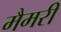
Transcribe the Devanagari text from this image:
मैमरी